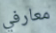
معارفي